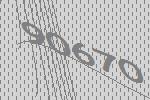
90670